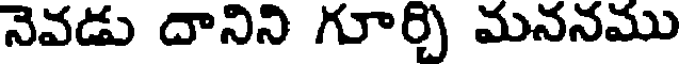
నెవడు దానిని గూర్చి మననము